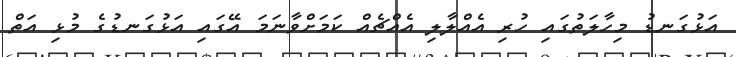
އަޅުގަނޑު މިހާލަތުގައި ހުރި އެއްލާލި އެއްޗެއް ކަމަށްވާނަމަ އޭގައި އަޅުގަނޑުގެ މުޅި އަތް